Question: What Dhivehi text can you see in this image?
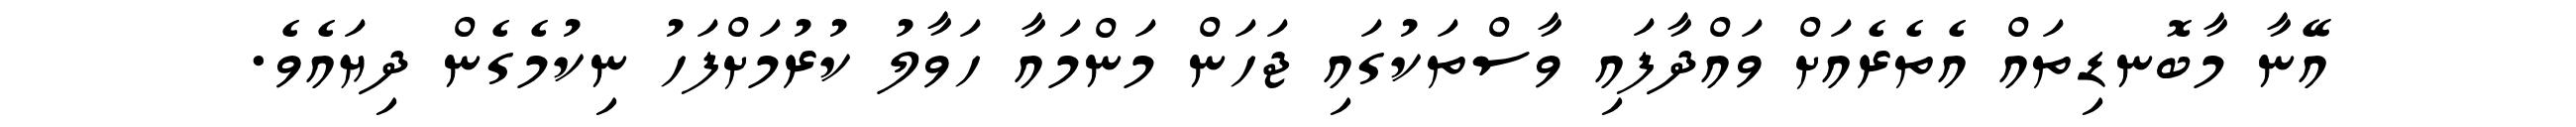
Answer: އޭނާ މާބޮނޑިތައް އެތެރެއަށް ވައްދާފައި ވާސްތަކުގައި ޖަހަން މަންމައާ ހަވާލު ކުރުމަށްފަހު ނިކުމެގެން ދިޔައެވެ.